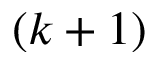
( k + 1 )